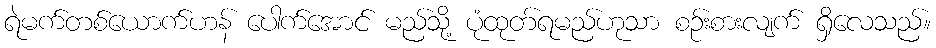
ရဲမက်တစ်ယောက်ဟန် ပေါက်အောင် မည်သို့ ပုံထုတ်ရမည်ဟုသာ စဉ်းစားလျက် ရှိလေသည်။